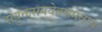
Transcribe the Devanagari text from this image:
संयुक्तसमवेतसमवाय